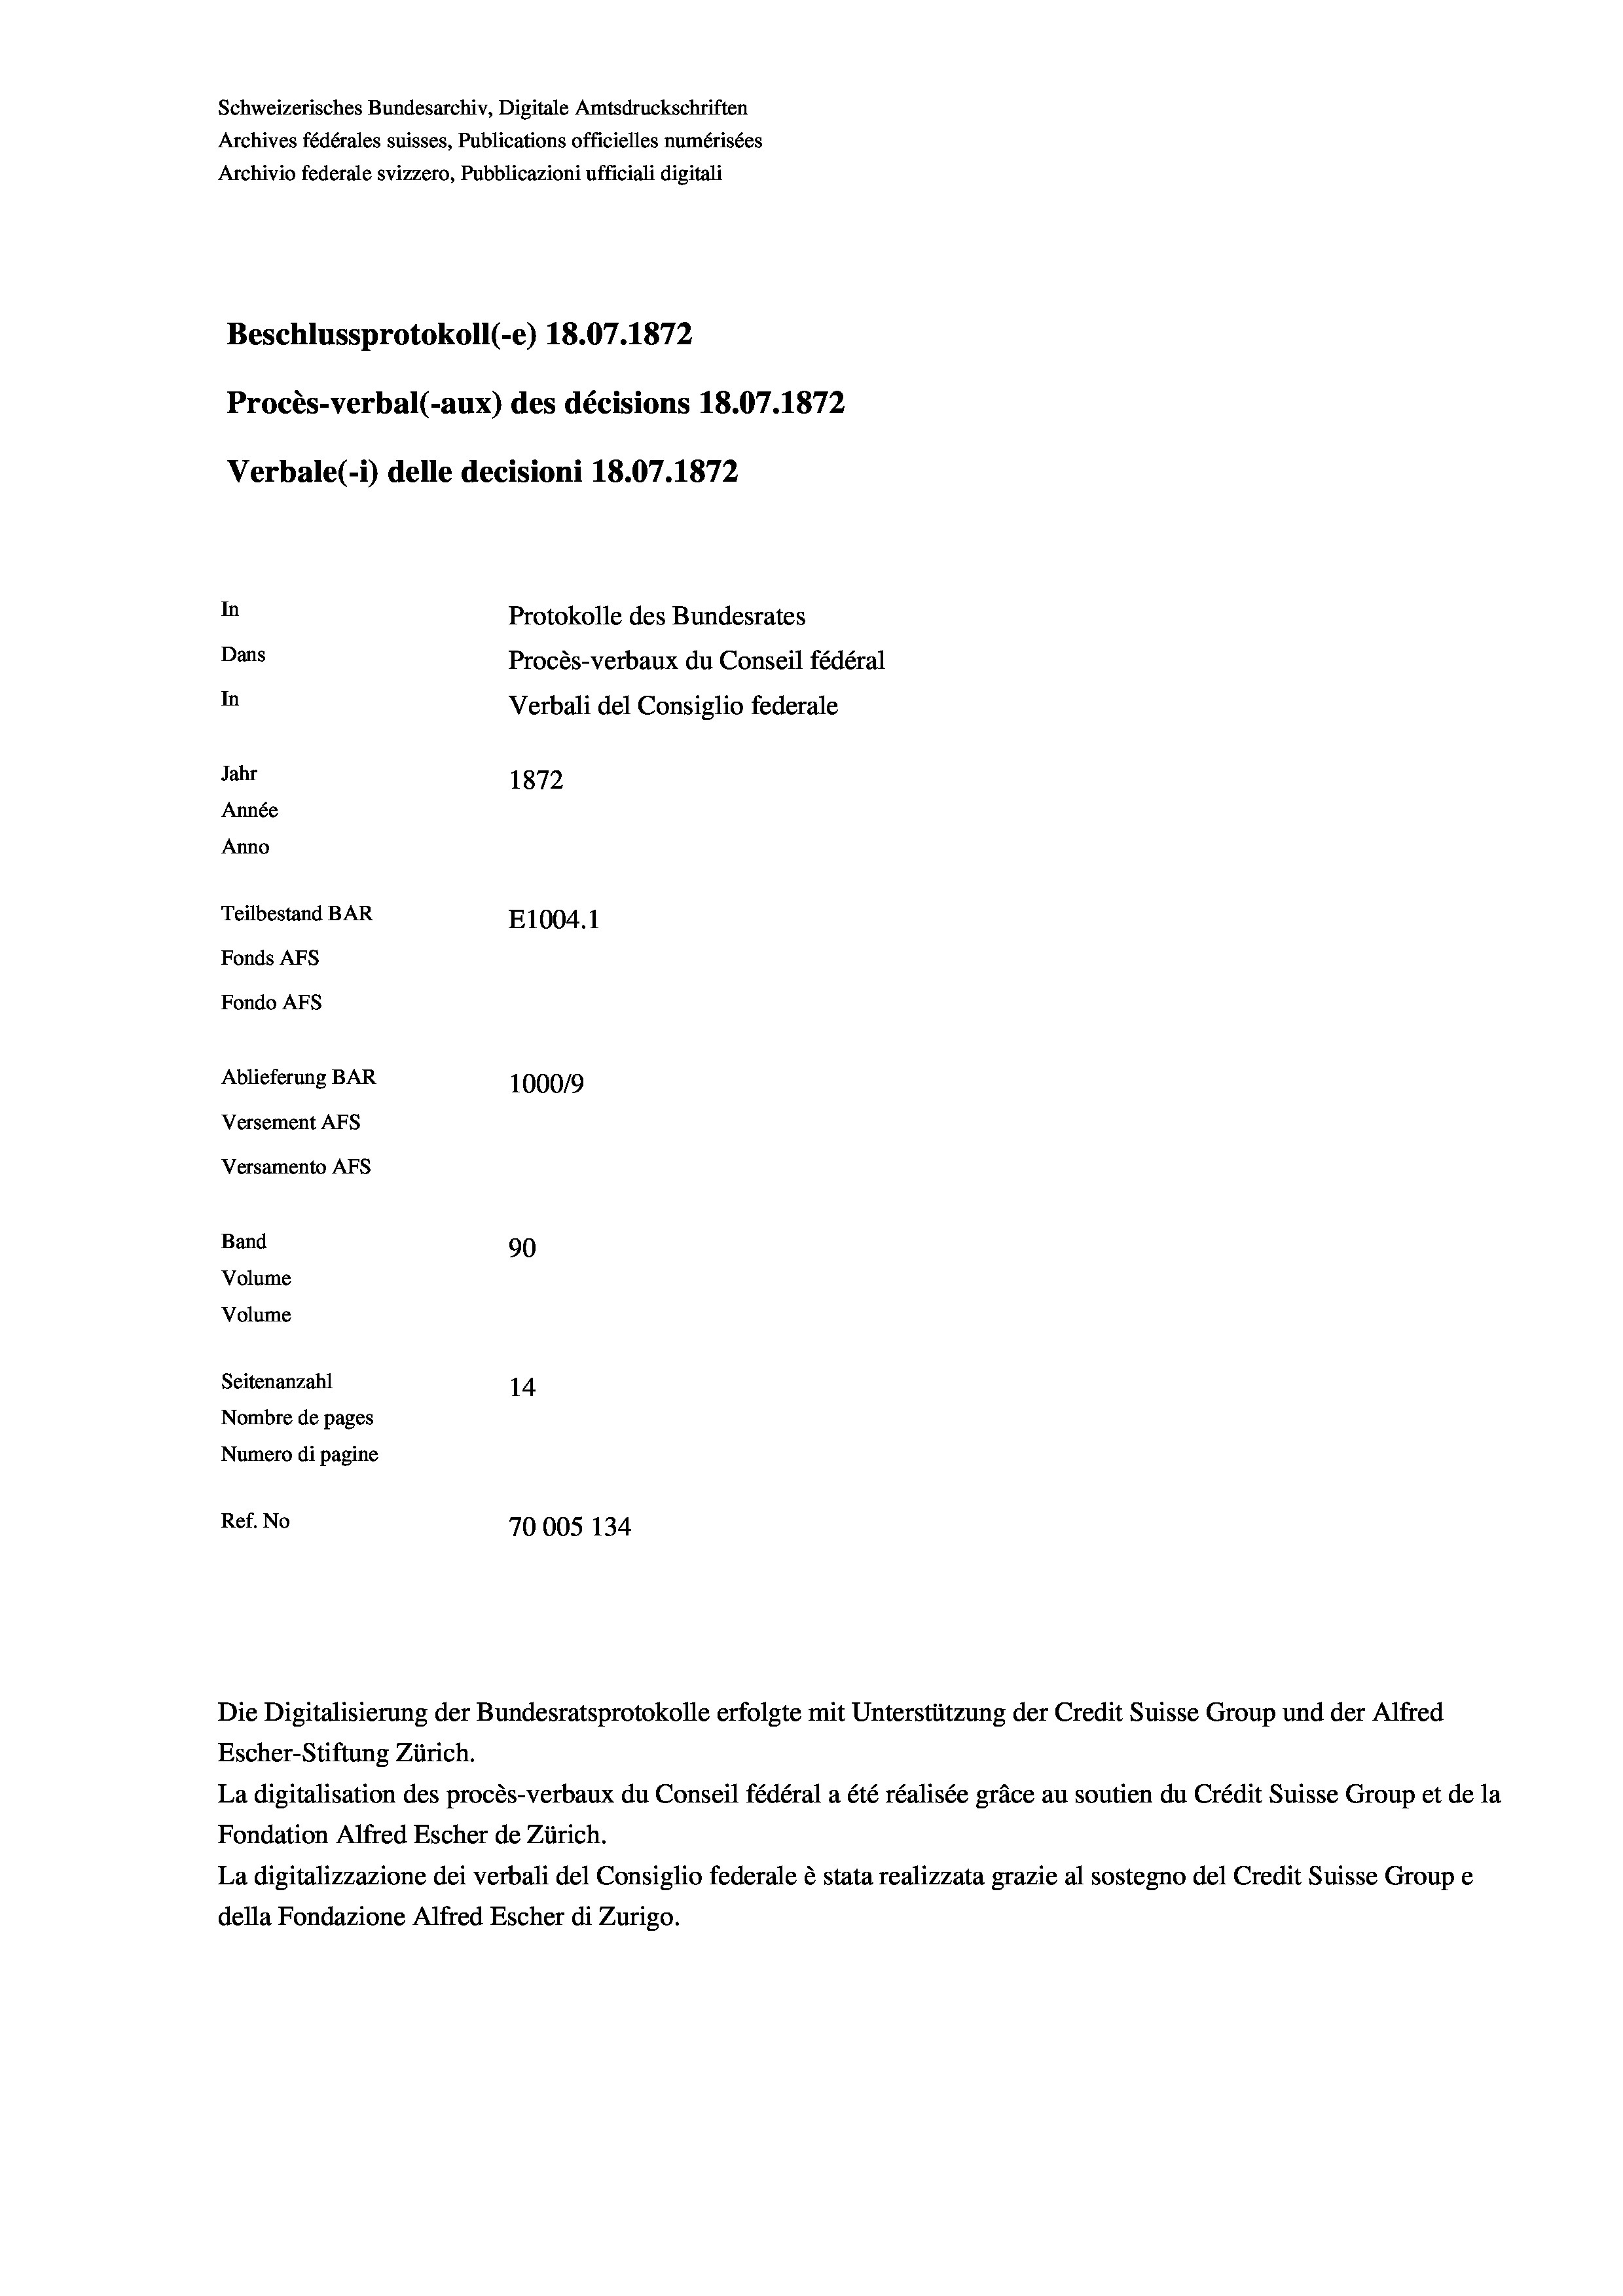
Schweizerisches Bundesarchiv, Digitale Amtsdruckschriften
Archives fédérales suisses, Publications officielles numérisées
Archivio federale svizzero, Pubblicazioni ufficiali digitali
Beschlussprotokoll (-e) 18.07. 1872
Procès-verbal (-aux) des décisions 18.07.1872
Verbale (- 1) delle decisioni 18.07. 1872
In
Protokolle des Bundesrates
Dans
Procès-verbaux du Conseil fédéral
In
Verbali del Consiglio federale
Jahr
1872
Année
Anno
Teilbestand BAR
E1004. 1
Fonds Afs
Fondo AFs
Ablieferung BAR
1000/9
Versement Abs
Versamento Afs
Band
90
Volume
Volume
Seitenanzahl
14
Nombre de pages
Numero di pagine
Ref. No
70005 134

Escher-Stiftung Zürich.
La digitalisation des procès-verbaux du Conseil fédéral a été réalisée gräce au soutien du Crédit Suisse Group et de la
Fondation Alfred Escher de Zürich.
La digitalizzazione dei verbali del Consiglio federale è stata realizzata grazie al sostegno del Credit Suisse Groupe
della Fondazione Alfred Escher di Zurigo.

Die Digitalisierung der Bundesratsprotokolle erfolgte mit Unterstützung der Credit Suisse Group und der Alfred